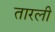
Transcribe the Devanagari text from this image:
तारली